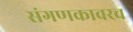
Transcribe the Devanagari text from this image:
संगणकावरच